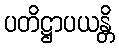
ပတိဋ္ဌာပယန္တိ